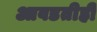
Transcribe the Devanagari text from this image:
आवडतीही